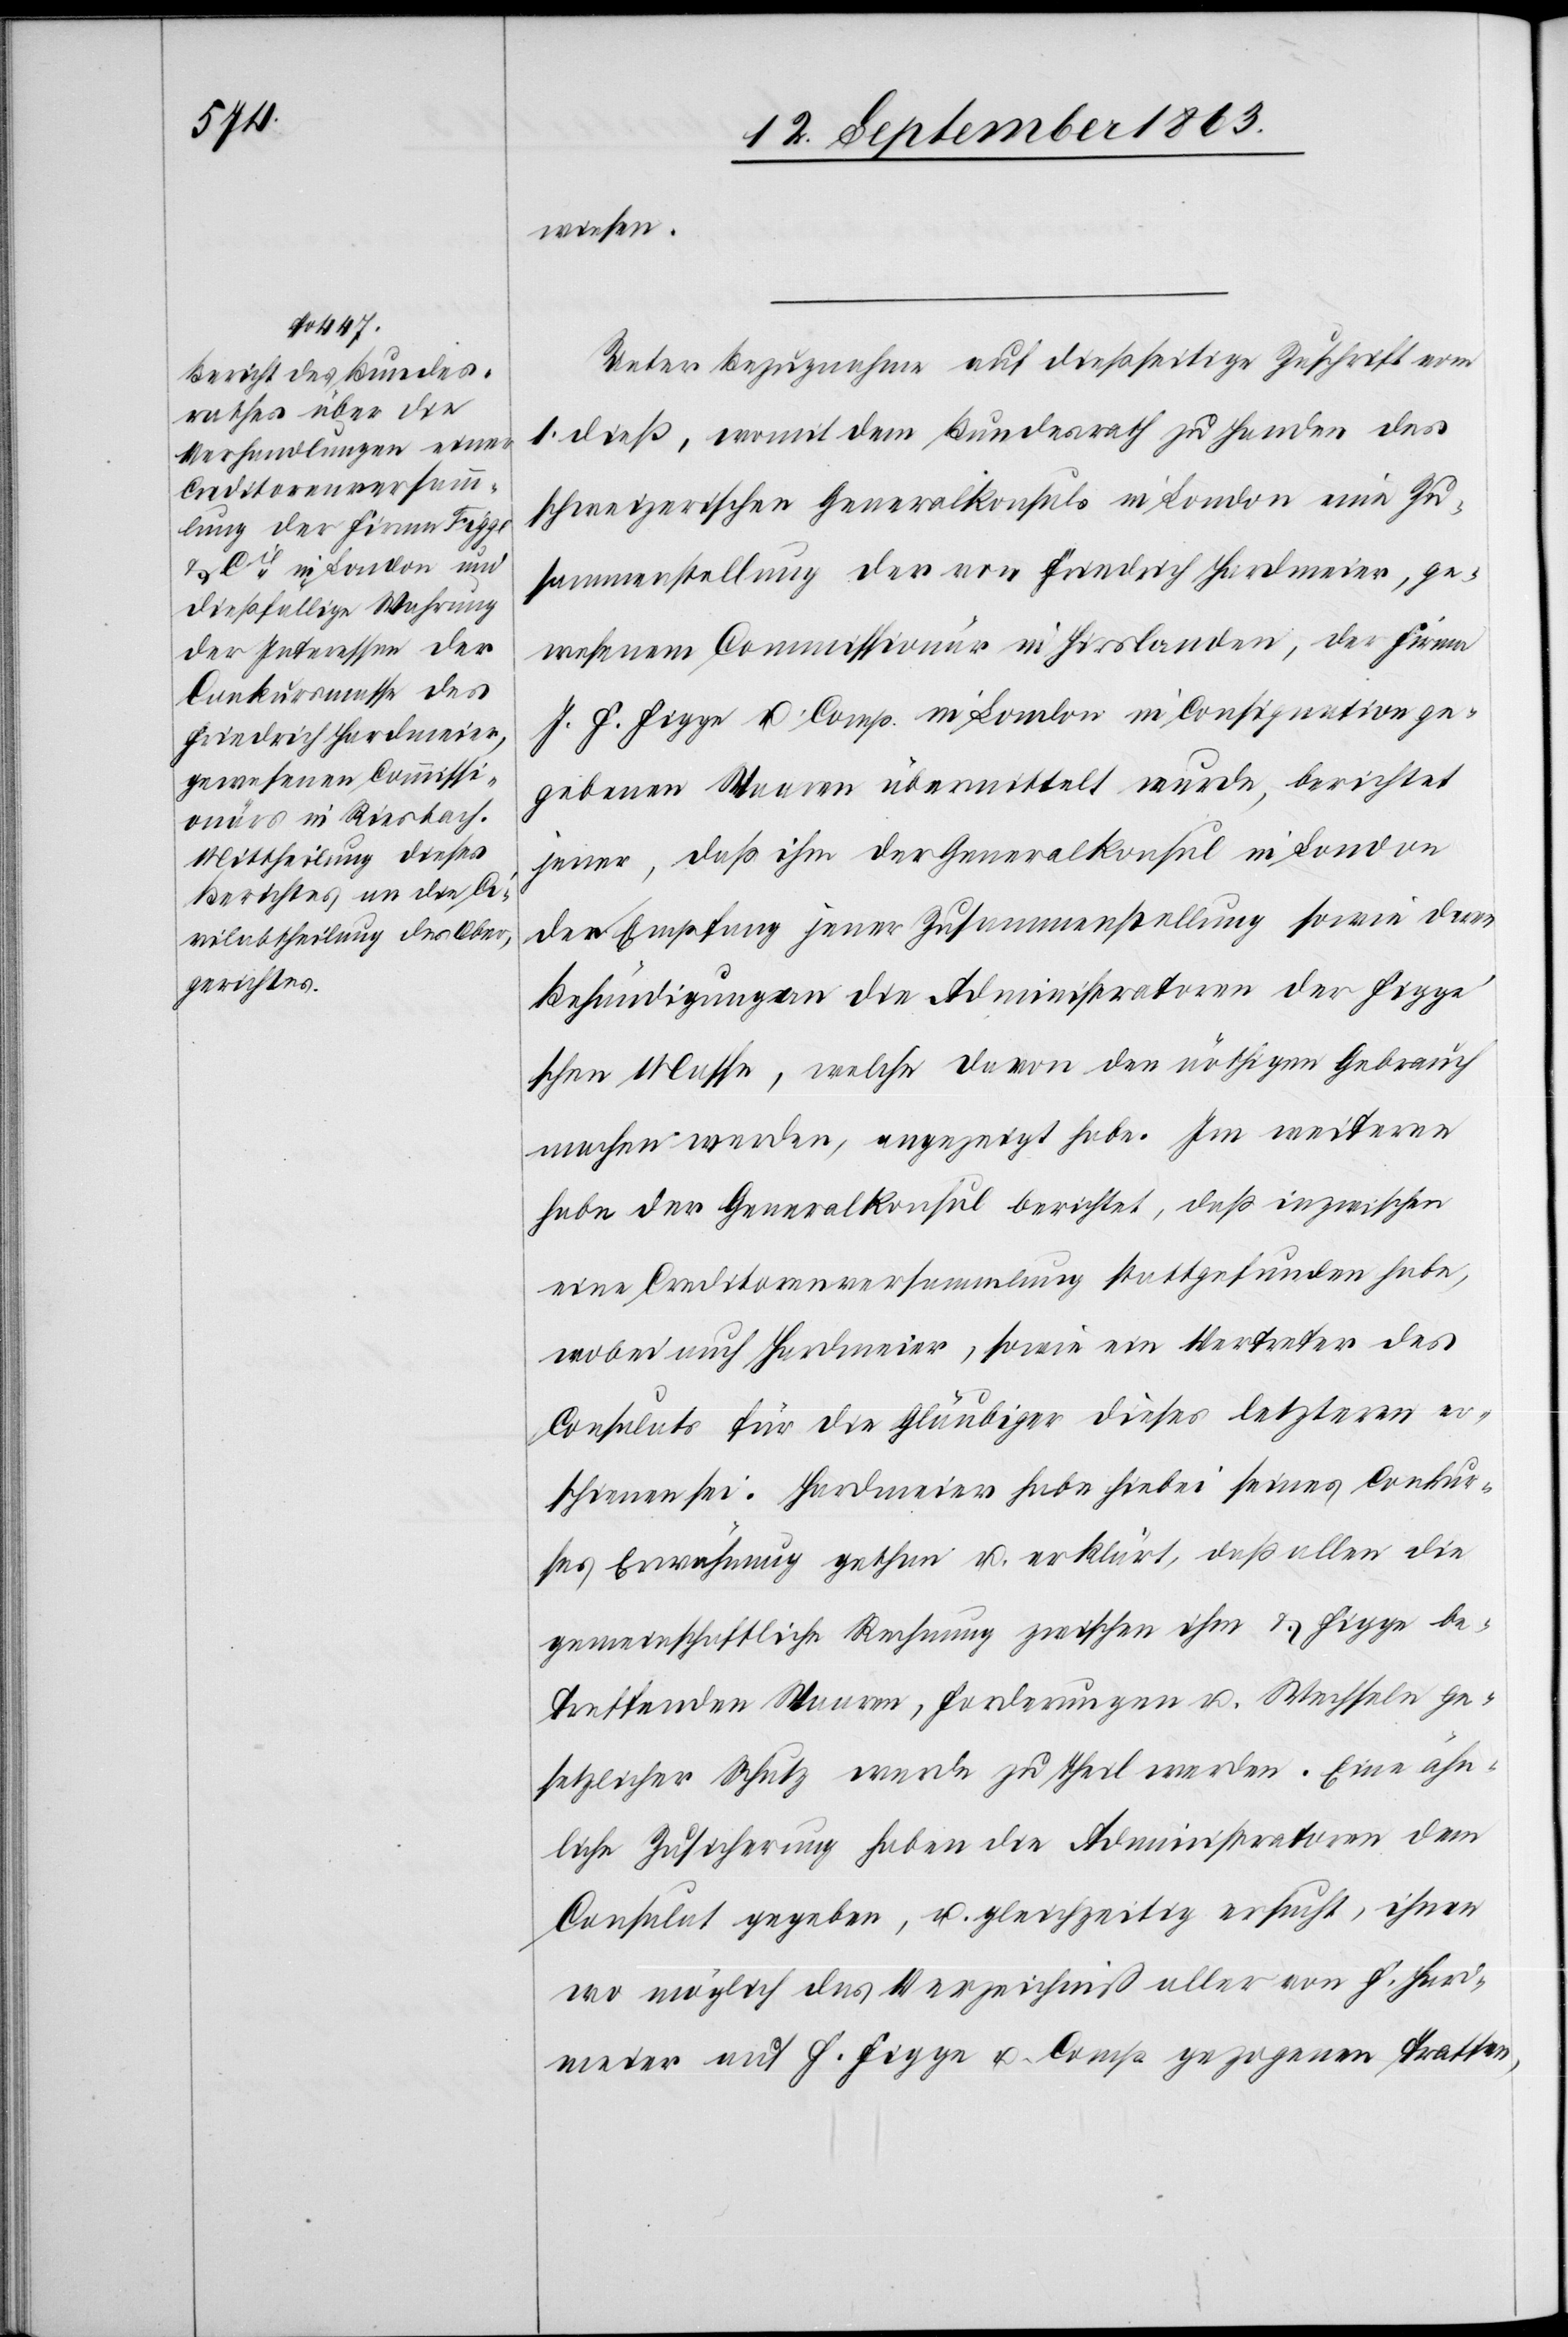
14. September 1863.]
wiesen.
Ueber Bezugnahme auf dießseitige Zuschrift vom
1. dieß, womit dem Bundesrath zu Handen des
schweizerischen Generalkonsuls in London eine Zu¬
sammenstellung der von Friedrich Hardmeier, ge¬
wesenem Commissionär in Hirslanden, der Firma
J. F. Figge u. Comp. in London in Consignation ge¬
gebenen Waaren übermittelt wurde, berichtet
jener, daß ihm der Generalkonsul in London
den Empfang jener Zusammenstellung sowie deren
Behändigung an die Administratoren der Figg¬
e'schen Masse, welche davon den nöthigen Gebrauch
machen werden, angezeigt habe. Im weiteren
habe der Generalkonsul berichtet, daß inzwischen
eine Creditorenversammlung stattgefunden habe,
wobei auch Hardmeier, sowie ein Vertreter des
Consulats für die Gläubiger dieses letzteren er¬
schienen sei. Hardmeier habe hiebei seines Conkur¬
ses Erwähnung gethan u. erklärt, daß allen die
gemeinschaftliche Rechnung zwischen ihm & Figge be¬
treffenden Waaren, Forderungen u. Wechseln ge¬
setzlicher Schutz werde zu Theil werden. Eine ähn¬
liche Zusicherung haben die Administratoren dem
Consulat gegeben, u. gleichzeitig ersucht, ihnen
wo möglich das Verzeichniß aller von F. Hard¬
meier auf F. Figge u. Comp. gezogenen Tratten,